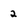
Character: 2